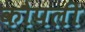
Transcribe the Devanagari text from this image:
कौपली